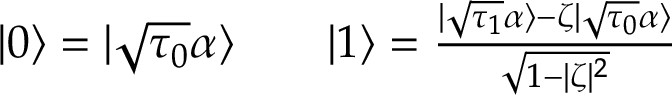
\begin{array} { r l r } { | 0 \rangle = | \sqrt { \tau _ { 0 } } \alpha \rangle } & { { } } & { | 1 \rangle = \frac { | \sqrt { \tau _ { 1 } } \alpha \rangle - \zeta | \sqrt { \tau _ { 0 } } \alpha \rangle } { \sqrt { 1 - | \zeta | ^ { 2 } } } } \end{array}